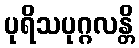
ပုရိသပုဂ္ဂလန္တိ